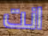
انت